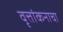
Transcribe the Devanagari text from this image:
वृत्तांकनाचा